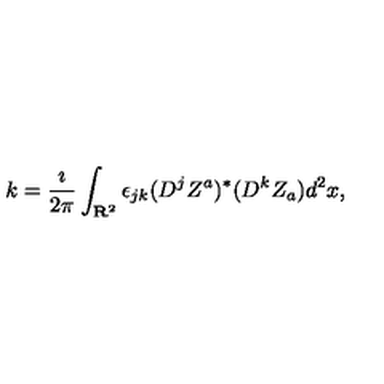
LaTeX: k = \frac { \imath } { 2 \pi } \int _ { { \bf R } ^ { 2 } } \epsilon _ { j k } ( D ^ { j } Z ^ { a } ) ^ { * } ( D ^ { k } Z _ { a } ) d ^ { 2 } x ,